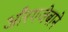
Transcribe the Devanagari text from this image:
औंरगजेबाने